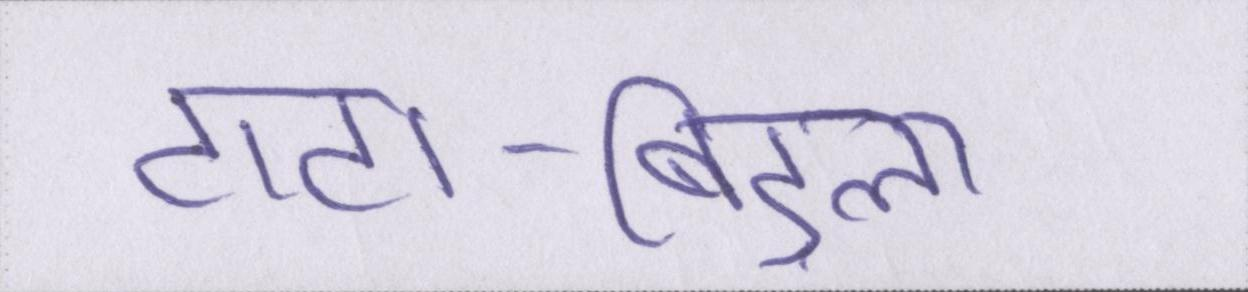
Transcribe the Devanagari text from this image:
टाटा-बिड़ला